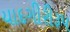
યાદગીરીરૂપ